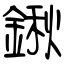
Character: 鍬